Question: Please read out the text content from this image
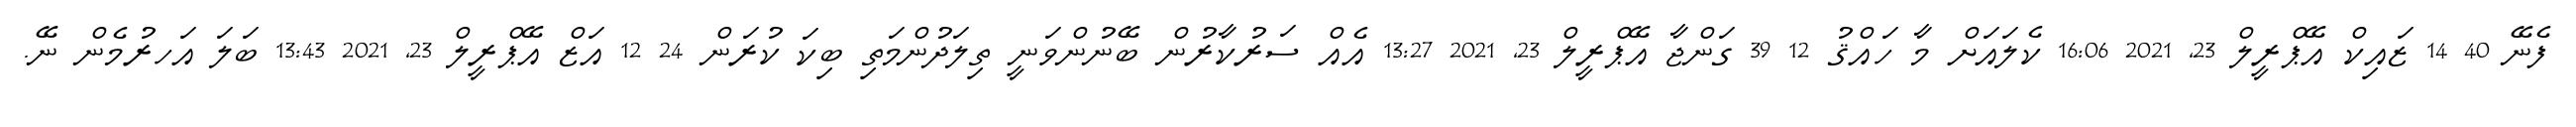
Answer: ފެނޭ 40 14 ޒައިކް އޭޕްރީލް 23, 2021 16:06 ކެލައަށް މާ ހައްޤު 12 39 ގަންޖާ އޭޕްރީލް 23, 2021 13:27 އެއް ސަރުކާރުން ބޭނުންވަނީ ތިލަދުންމަތި ބިކަ ކުރަން 24 12 އަޒް އޭޕްރީލް 23, 2021 13:43 ބަލަ އަހރުމެން ނޭ.